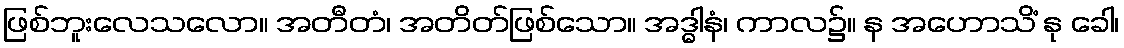
ဖြစ်ဘူးလေသလော။ အတီတံ၊ အတိတ်ဖြစ်သော။ အဒ္ဓါနံ၊ ကာလ၌။ န အဟောသိံ နု ခေါ၊